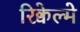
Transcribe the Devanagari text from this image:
रिक्वेल्मे